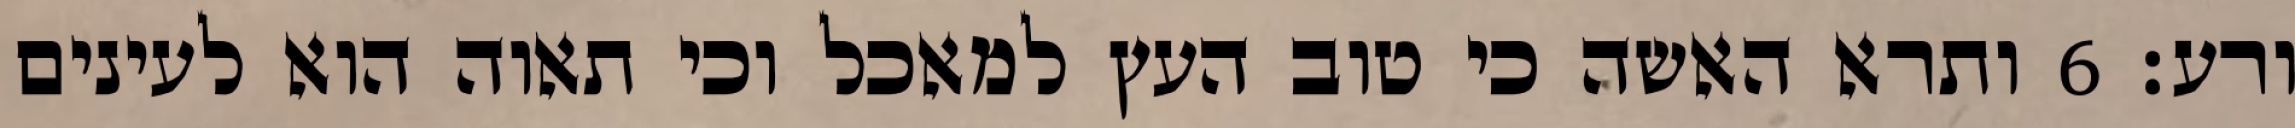
ורע׃ ‎6‏ ותרא האשה כי טוב העץ למאכל וכי תאוה הוא לעינים